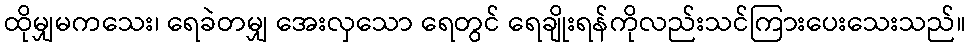
ထိုမျှမကသေး၊ ရေခဲတမျှ အေးလှသော ရေတွင် ရေချိုးရန်ကိုလည်းသင်ကြားပေးသေးသည်။